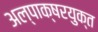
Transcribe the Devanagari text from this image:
अल्पाक्षरयुक्त